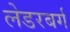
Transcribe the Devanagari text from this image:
लेडरबर्ग